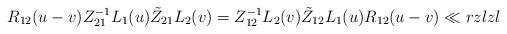
LaTeX: \begin{align*}{R}_{12}(u-v)Z_{21}^{-1}L_{1}(u)\tilde Z_{21}L_{2}(v)= Z_{12}^{-1}L_{2}(v) \tilde Z_{12}L_{1}(u){R}_{12}(u-v)\ll{rzlzl}\end{align*}